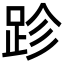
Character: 跈